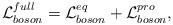
LaTeX: \begin{align*}{\cal L}^{full}_{boson}={\cal L}^{eq}_{boson}+{\cal L}^{pro}_{boson},\end{align*}